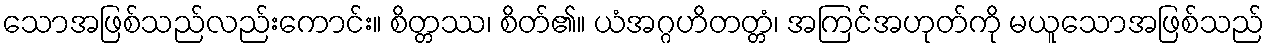
သောအဖြစ်သည်လည်းကောင်း။ စိတ္တဿ၊ စိတ်၏။ ယံအဂ္ဂဟိတတ္တံ၊ အကြင်အဟုတ်ကို မယူသောအဖြစ်သည်